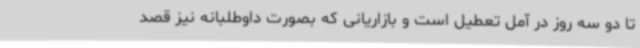
تا دو سه روز در آمل تعطیل است و بازاریانی که بصورت داوطلبانه نیز قصد